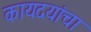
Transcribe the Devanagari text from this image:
कायदयांचा